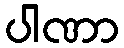
ပါဏာ